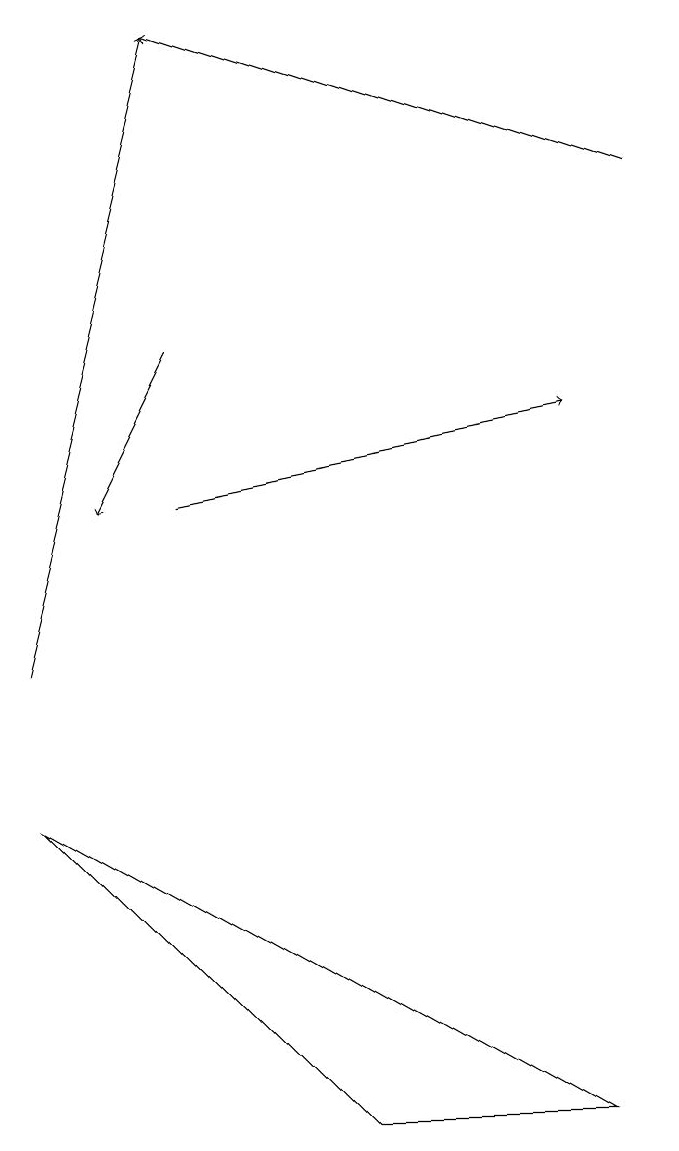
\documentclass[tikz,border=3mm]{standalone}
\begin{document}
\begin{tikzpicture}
\draw[->] (3,15) -- (2,13);
\draw[->] (1,11) -- (3,19);
\draw[->] (3,13) -- (8,14);
\draw (1,9) -- (8,5) -- (5,5) -- cycle;
\draw[->] (9,17) -- (3,19);
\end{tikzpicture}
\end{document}